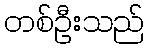
တစ်ဦးသည်